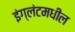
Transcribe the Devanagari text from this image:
इंग्लंटमधील